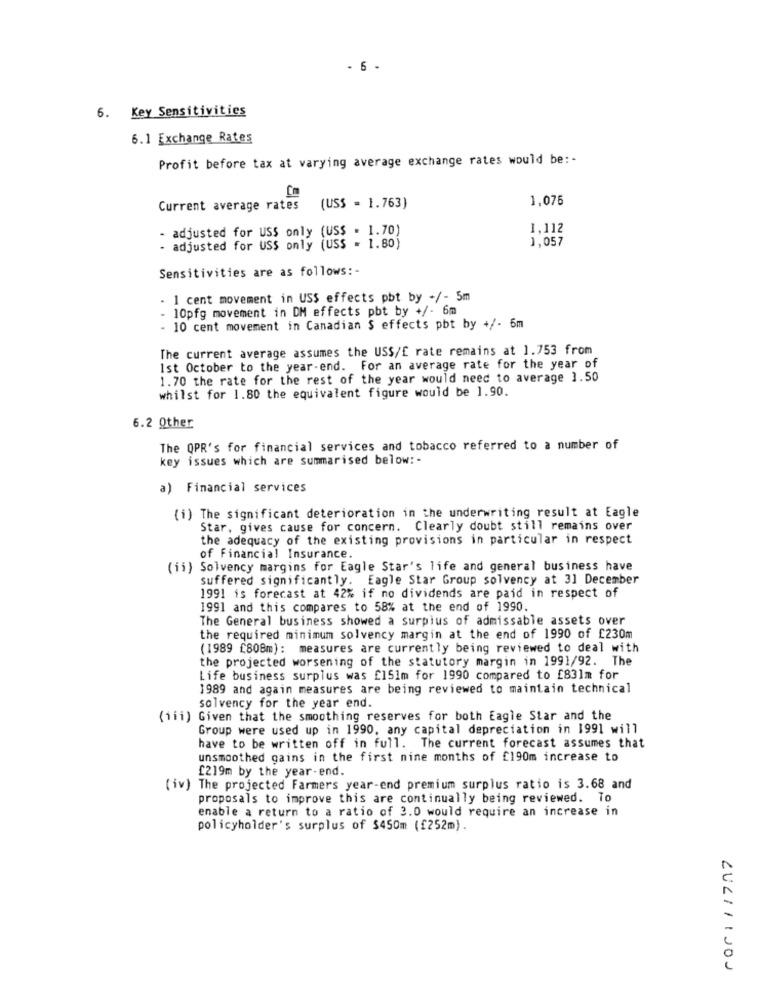
- 6 -
6. Key Sensitivities
6.1 Exchange Rates
Profit before tax at varying average exchange rates would be: -
1,076
Current average rates
(US$ = 1.763)
- adjusted for USS only (US$ = 1.70)
1.112
1,057
- adjusted for USS only (US$ = 1.80)
Sensitivities are as follows :-
. 1 cent movement in USS effects pbt by +/- 5m
- 10pfg movement in DM effects pbt by +/- 6m
- 10 cent movement in Canadian $ effects pbt by +/- 6m
The current average assumes the US$/£ rate remains at 1.753 from
Ist October to the year-end. For an average rate for the year of
1.70 the rate for the rest of the year would need to average 1.50
whilst for 1.80 the equivalent figure would be 1.90.
6.2 Other
The QPR's for financial services and tobacco referred to a number of
key issues which are summarised below: -
a) Financial services
(i) The significant deterioration in the underwriting result at Eagle
Star, gives cause for concern. Clearly doubt still remains over
the adequacy of the existing provisions in particular in respect
of Financial Insurance.
(ii) Solvency margins for Eagle Star's life and general business have
suffered significantly. Eagle Star Group solvency at 3] December
1991 is forecast at 42% if no dividends are paid in respect of
1991 and this compares to 58% at the end of 1990.
The General business showed a surplus of admissable assets over
the required minimum solvency margin at the end of 1990 of £230m
(1989 [808m): measures are currently being reviewed to deal with
the projected worsening of the statutory margin in 1991/92. The
Life business surplus was £151m for 1990 compared to £831m for
1989 and again measures are being reviewed to maintain technical
solvency for the year end.
(iii) Given that the smoothing reserves for both Eagle Star and the
Group were used up in 1990, any capital depreciation in 1991 will
have to be written off in full. The current forecast assumes that
unsmoothed gains in the first nine months of £190m increase to
£219m by the year-end.
(iv) The projected Farmers year-end premium surplus ratio is 3.68 and
proposals to improve this are continually being reviewed. To
enable a return to a ratio of 3.0 would require an increase in
policyholder's surplus of $450m (£252m).
LUCIIIJON